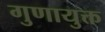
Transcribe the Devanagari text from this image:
गुणायुक्त